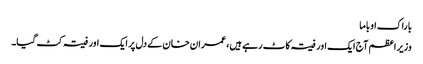
باراک اوباما
وزیر اعظم آج ایک اور فیتہ کاٹ رہے ہیں، عمران‌خان کے دل پر ایک اور فیتہ کٹ گیا۔